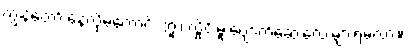
ကျွန်တော် နေလို့မကောင်း ဘူး၊ လှိုင်းမူးပျောက်ဆေးလေးများရမလား။